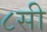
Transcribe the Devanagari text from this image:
८सी